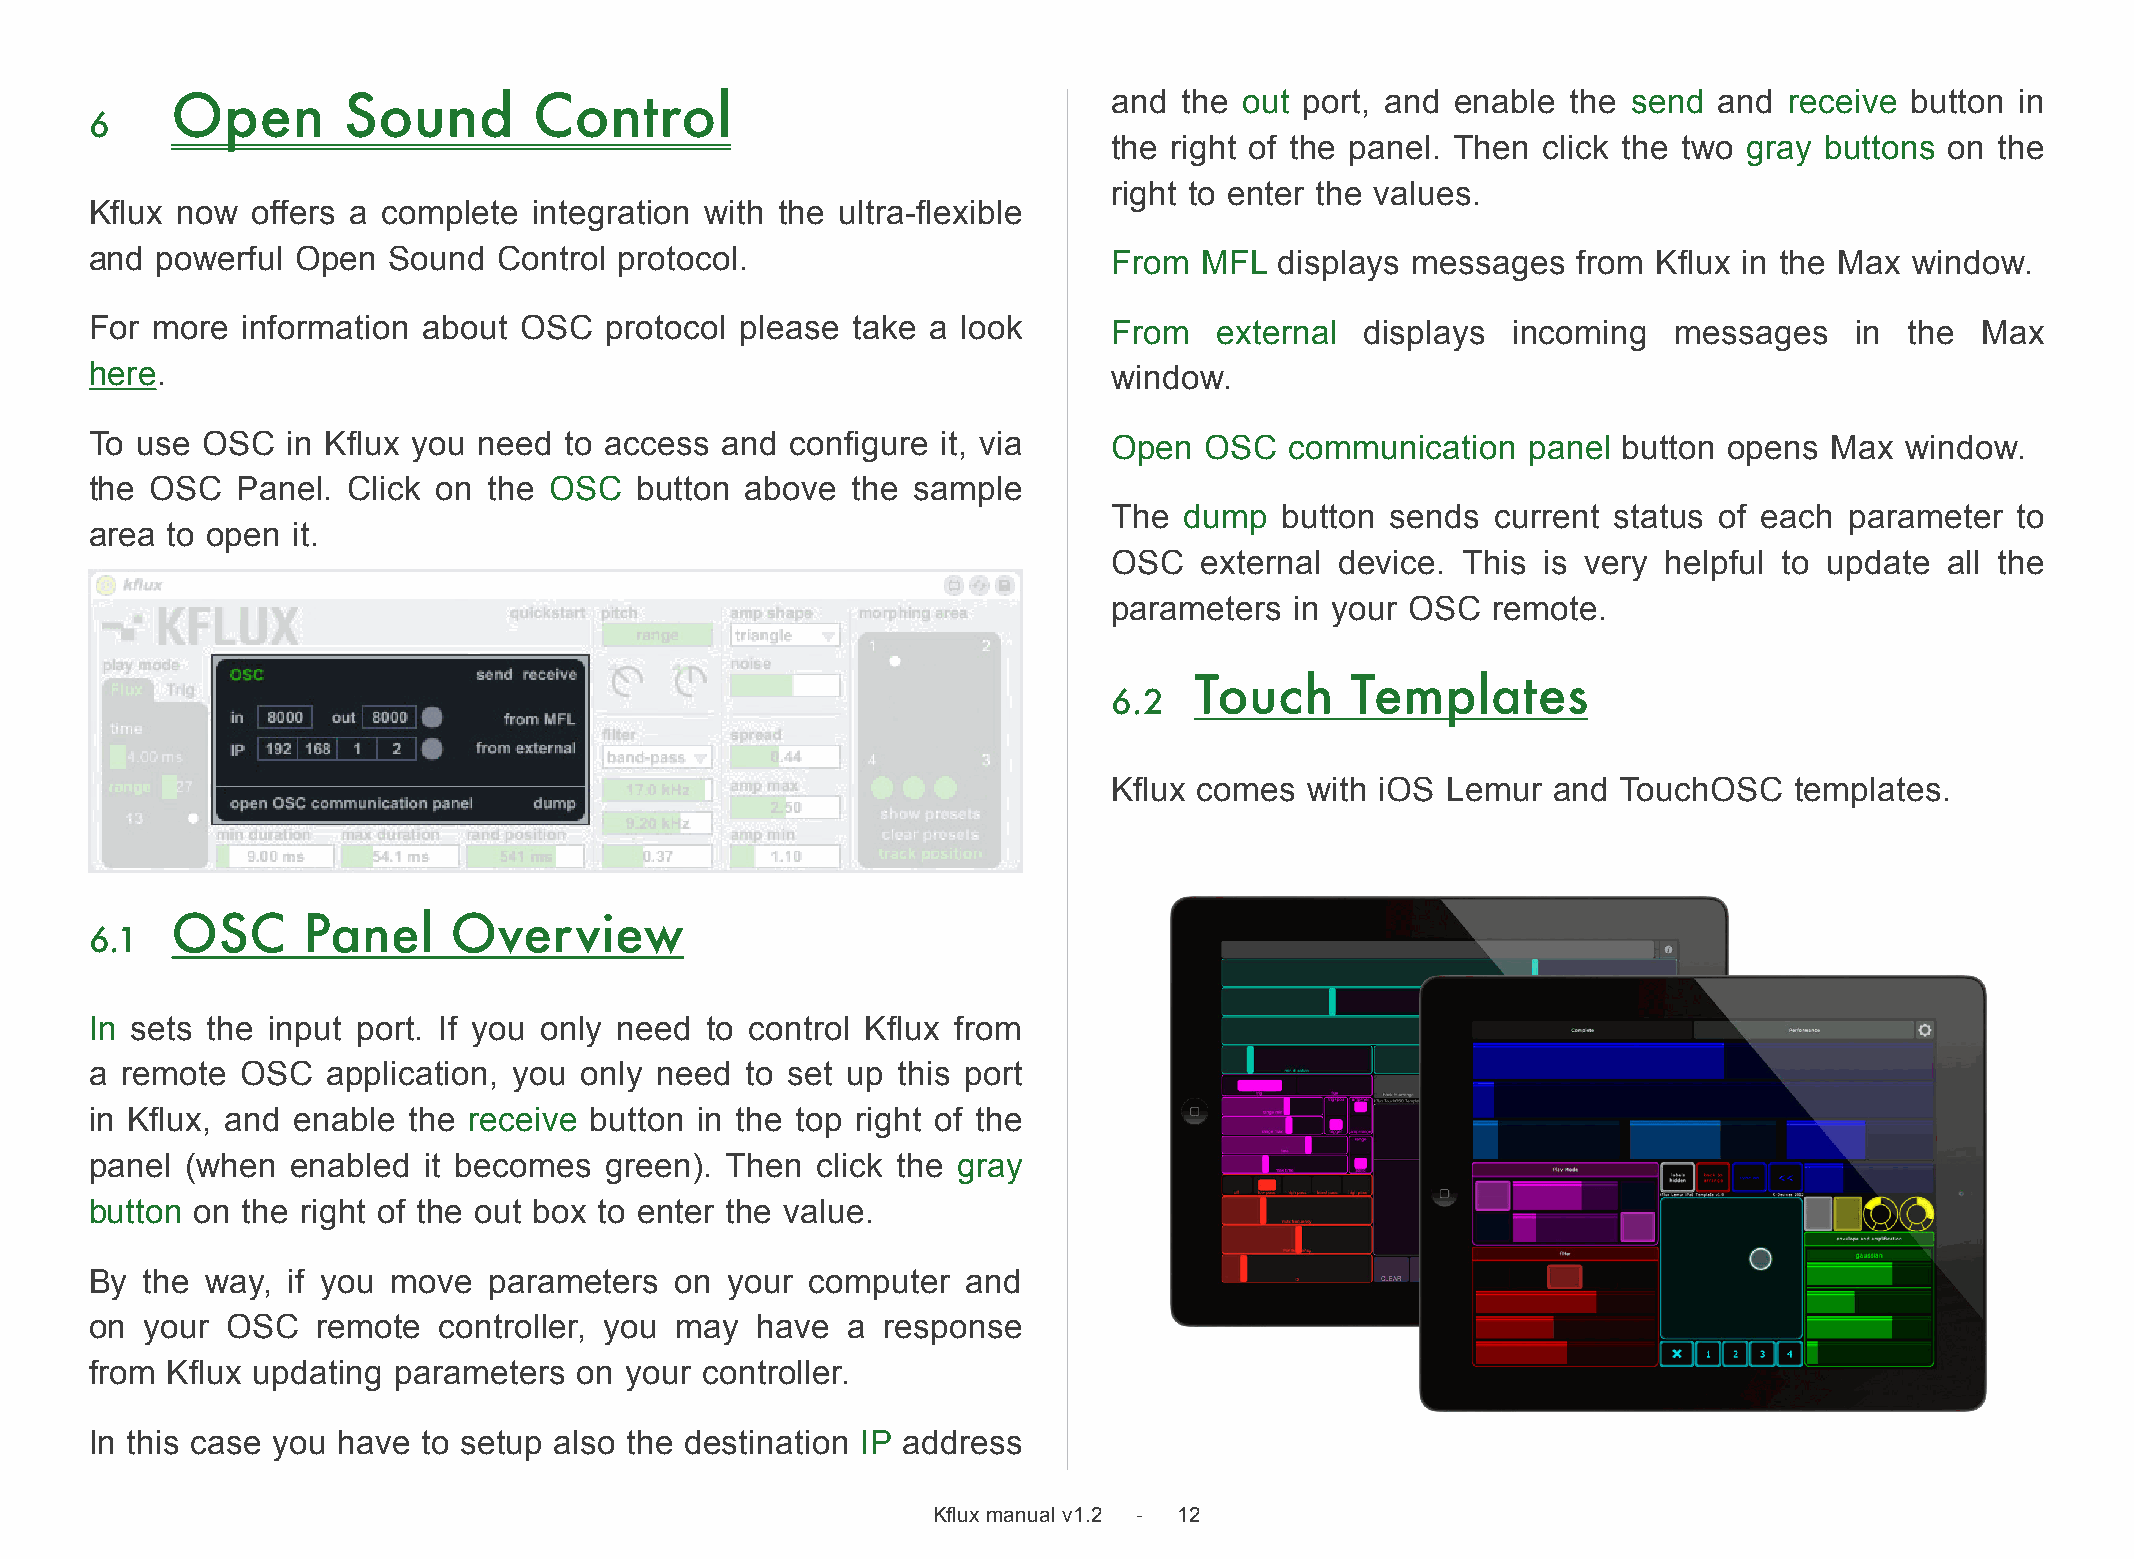
Open        Sound       Control                                and the out port, and enable  the send  and receive button  in
 6
 the right of the panel. Then click the two gray buttons on the
 right to enter the values.
 Kflux now  offers a complete integration with the ultra-flexible
 and powerful  Open  Sound  Control protocol.                        From MFL   displays messages  from  Kflux in the Max window.
 For more  information about OSC   protocol please take  a look      From   external displays  incoming   messages    in the  Max
 here.                                                               window.
 To use OSC   in Kflux you need to access  and configure it, via     Open  OSC  communication   panel button opens  Max  window.
 the OSC   Panel. Click on the OSC   button above  the sample
 The dump   button sends  current status of each parameter   to
 area to open it.
 OSC  external  device. This is very helpful to update  all the
 parameters  in your OSC  remote.
 Touch     Templates
 6.2
 Kflux comes  with iOS Lemur  and TouchOSC    templates.
 OSC      Panel     Overview
 6.1
 In sets the input port. If you only need to control Kflux from
 a remote  OSC   application, you only need to set up this port
 in Kflux, and enable the receive button in the top right of the
 panel (when  enabled  it becomes  green). Then  click the gray
 button on the right of the out box to enter the value.
 By the  way, if you move  parameters   on your  computer  and
 on your  OSC   remote  controller, you may  have  a response
 from Kflux updating parameters  on your  controller.
 In this case you have to setup also the destination IP address
 Kflux manual v1.2 - 12